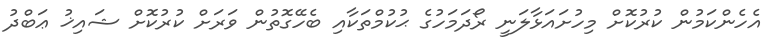
އެހެންކަމުން ކުރުކޮށް މިހުށައަޅާލަނީ ރޯދަމަހުގެ ޙުކުމްތަކާއި ބެހޭގޮތުން ވަރަށް ކުރުކޮށް ޝައިޚު ޢަބްދު